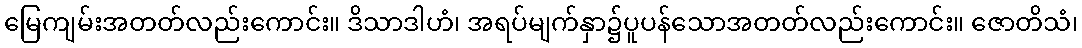
မြေကျမ်းအတတ်လည်းကောင်း။ ဒိသာဒါဟံ၊ အရပ်မျက်နှာ၌ပူပန်သောအတတ်လည်းကောင်း။ ဇောတိသံ၊